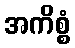
အကိစ္စံ